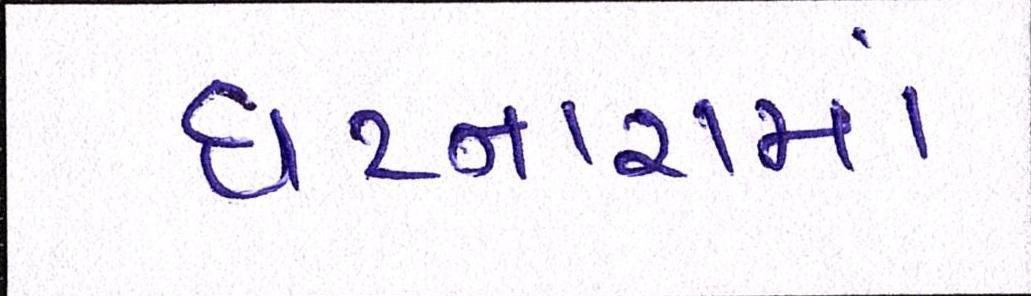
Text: ઘટનારામાં